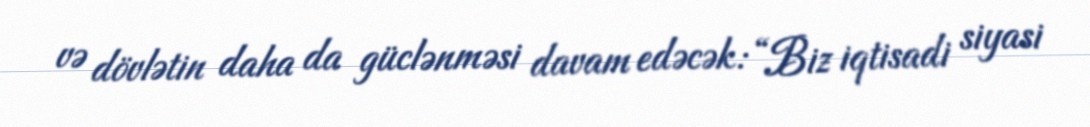
və dövlətin daha da güclənməsi davam edəcək: “Biz iqtisadi siyasi